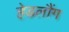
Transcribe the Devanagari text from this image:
हेडलौंग